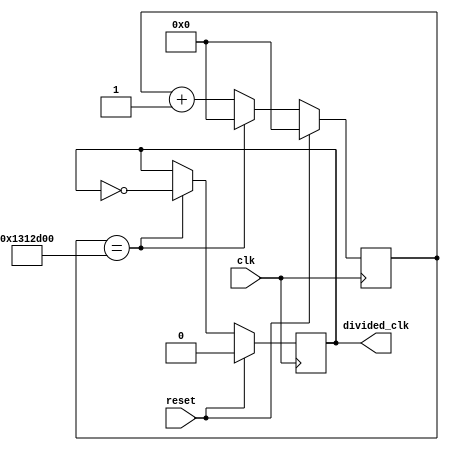
`timescale 1ns / 1ps

module clockDivider
#(parameter divide_factor = 20_000_000)
	(
	input wire clk,
	input wire reset,
	
	output reg divided_clk
    );
	
	localparam number_of_bits = log2(divide_factor + 1);
	
	reg [number_of_bits - 1 : 0] count;
	
	always @(posedge clk)
	begin
		if(reset)
		begin
			count <= 0;
			divided_clk <= 0;
		end
		else
		begin
			count <= count + 1;
			if(count == divide_factor)
			begin
				count <= 0;
				divided_clk <= ~divided_clk;
			end
		end
	end
	
	function integer log2(input integer n);
		integer i;
	begin
	log2 = 1;
		for (i = 0; 2**i < n; i = i + 1)
			log2 = i + 1;
		end 
	endfunction 

endmodule